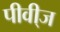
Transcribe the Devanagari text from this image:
पीवी्ज